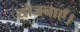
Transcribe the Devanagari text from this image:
योजनाएँ।